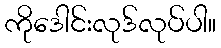
ကိုဒေါင်းလုဒ်လုပ်ပါ။